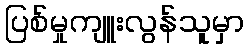
ပြစ်မှုကျူးလွန်သူမှာ